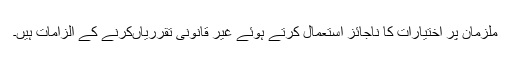
ملزمان پر اختیارات کا ناجائز استعمال کرتے ہوئے غیر قانونی تقرریاںکرنے کے الزامات ہیں۔